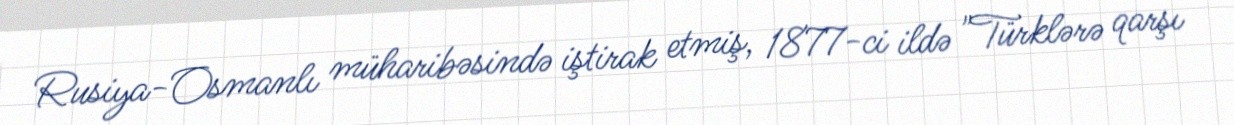
Rusiya-Osmanlı müharibəsində iştirak etmiş, 1877-ci ildə "Türklərə qarşı